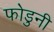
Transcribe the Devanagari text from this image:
फोडुनी